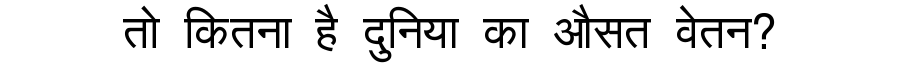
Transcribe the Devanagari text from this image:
तो कितना है दुनिया का औसत वेतन?